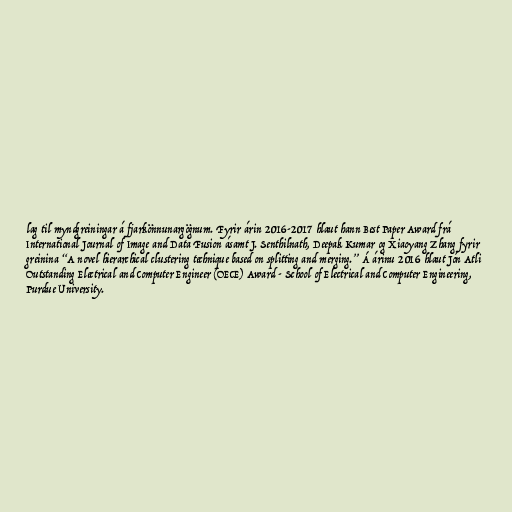
lag til myndgreiningar á fjarkönnunargögnum. Fyrir árin 2016-2017 hlaut hann Best Paper Award frá
International Journal of Image and Data Fusion ásamt J. Senthilnath, Deepak Kumar og Xiaoyang Zhang fyrir
greinina “A novel hierarchical clustering technique based on splitting and merging.” Á árinu 2016 hlaut Jón Atli
Outstanding Electrical and Computer Engineer (OECE) Award - School of Electrical and Computer Engineering,
Purdue University.